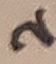
Text: 2